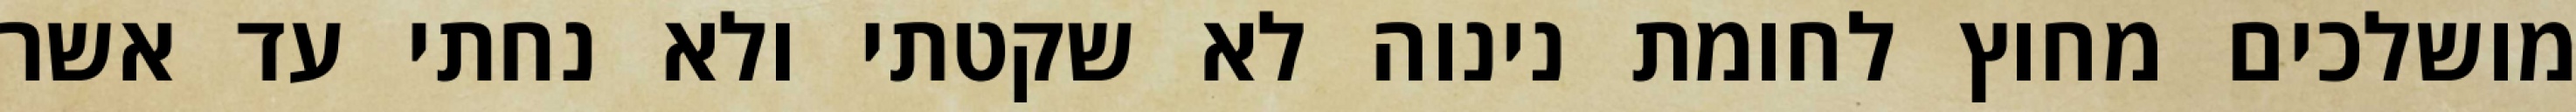
מושלכים מחוץ לחומת נינוה לא שקטתי ולא נחתי עד אשר